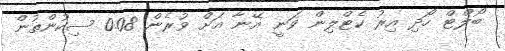
ބޯލްޓް ހޯދި އިރު ކެޓްލިން ވަނީ އޭނާ އަށް ވުރެން 0.08 ސިކުންތުން